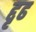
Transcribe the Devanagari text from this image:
द्दृढ